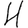
Digit: 4